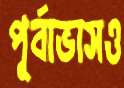
পূর্বাভাসও